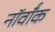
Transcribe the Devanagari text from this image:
नॉर्वॉक